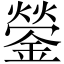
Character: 鎣